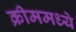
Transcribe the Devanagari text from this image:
क्रीममध्ये